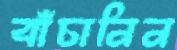
বাঁচানিন